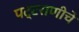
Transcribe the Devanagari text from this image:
पट्टराणीचे